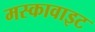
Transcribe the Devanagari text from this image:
मस्कावाइट